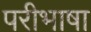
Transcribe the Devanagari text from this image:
परीभाषा